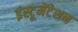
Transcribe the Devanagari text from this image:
इंस्‍टूमेंटेशन